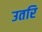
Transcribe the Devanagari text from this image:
उतरि